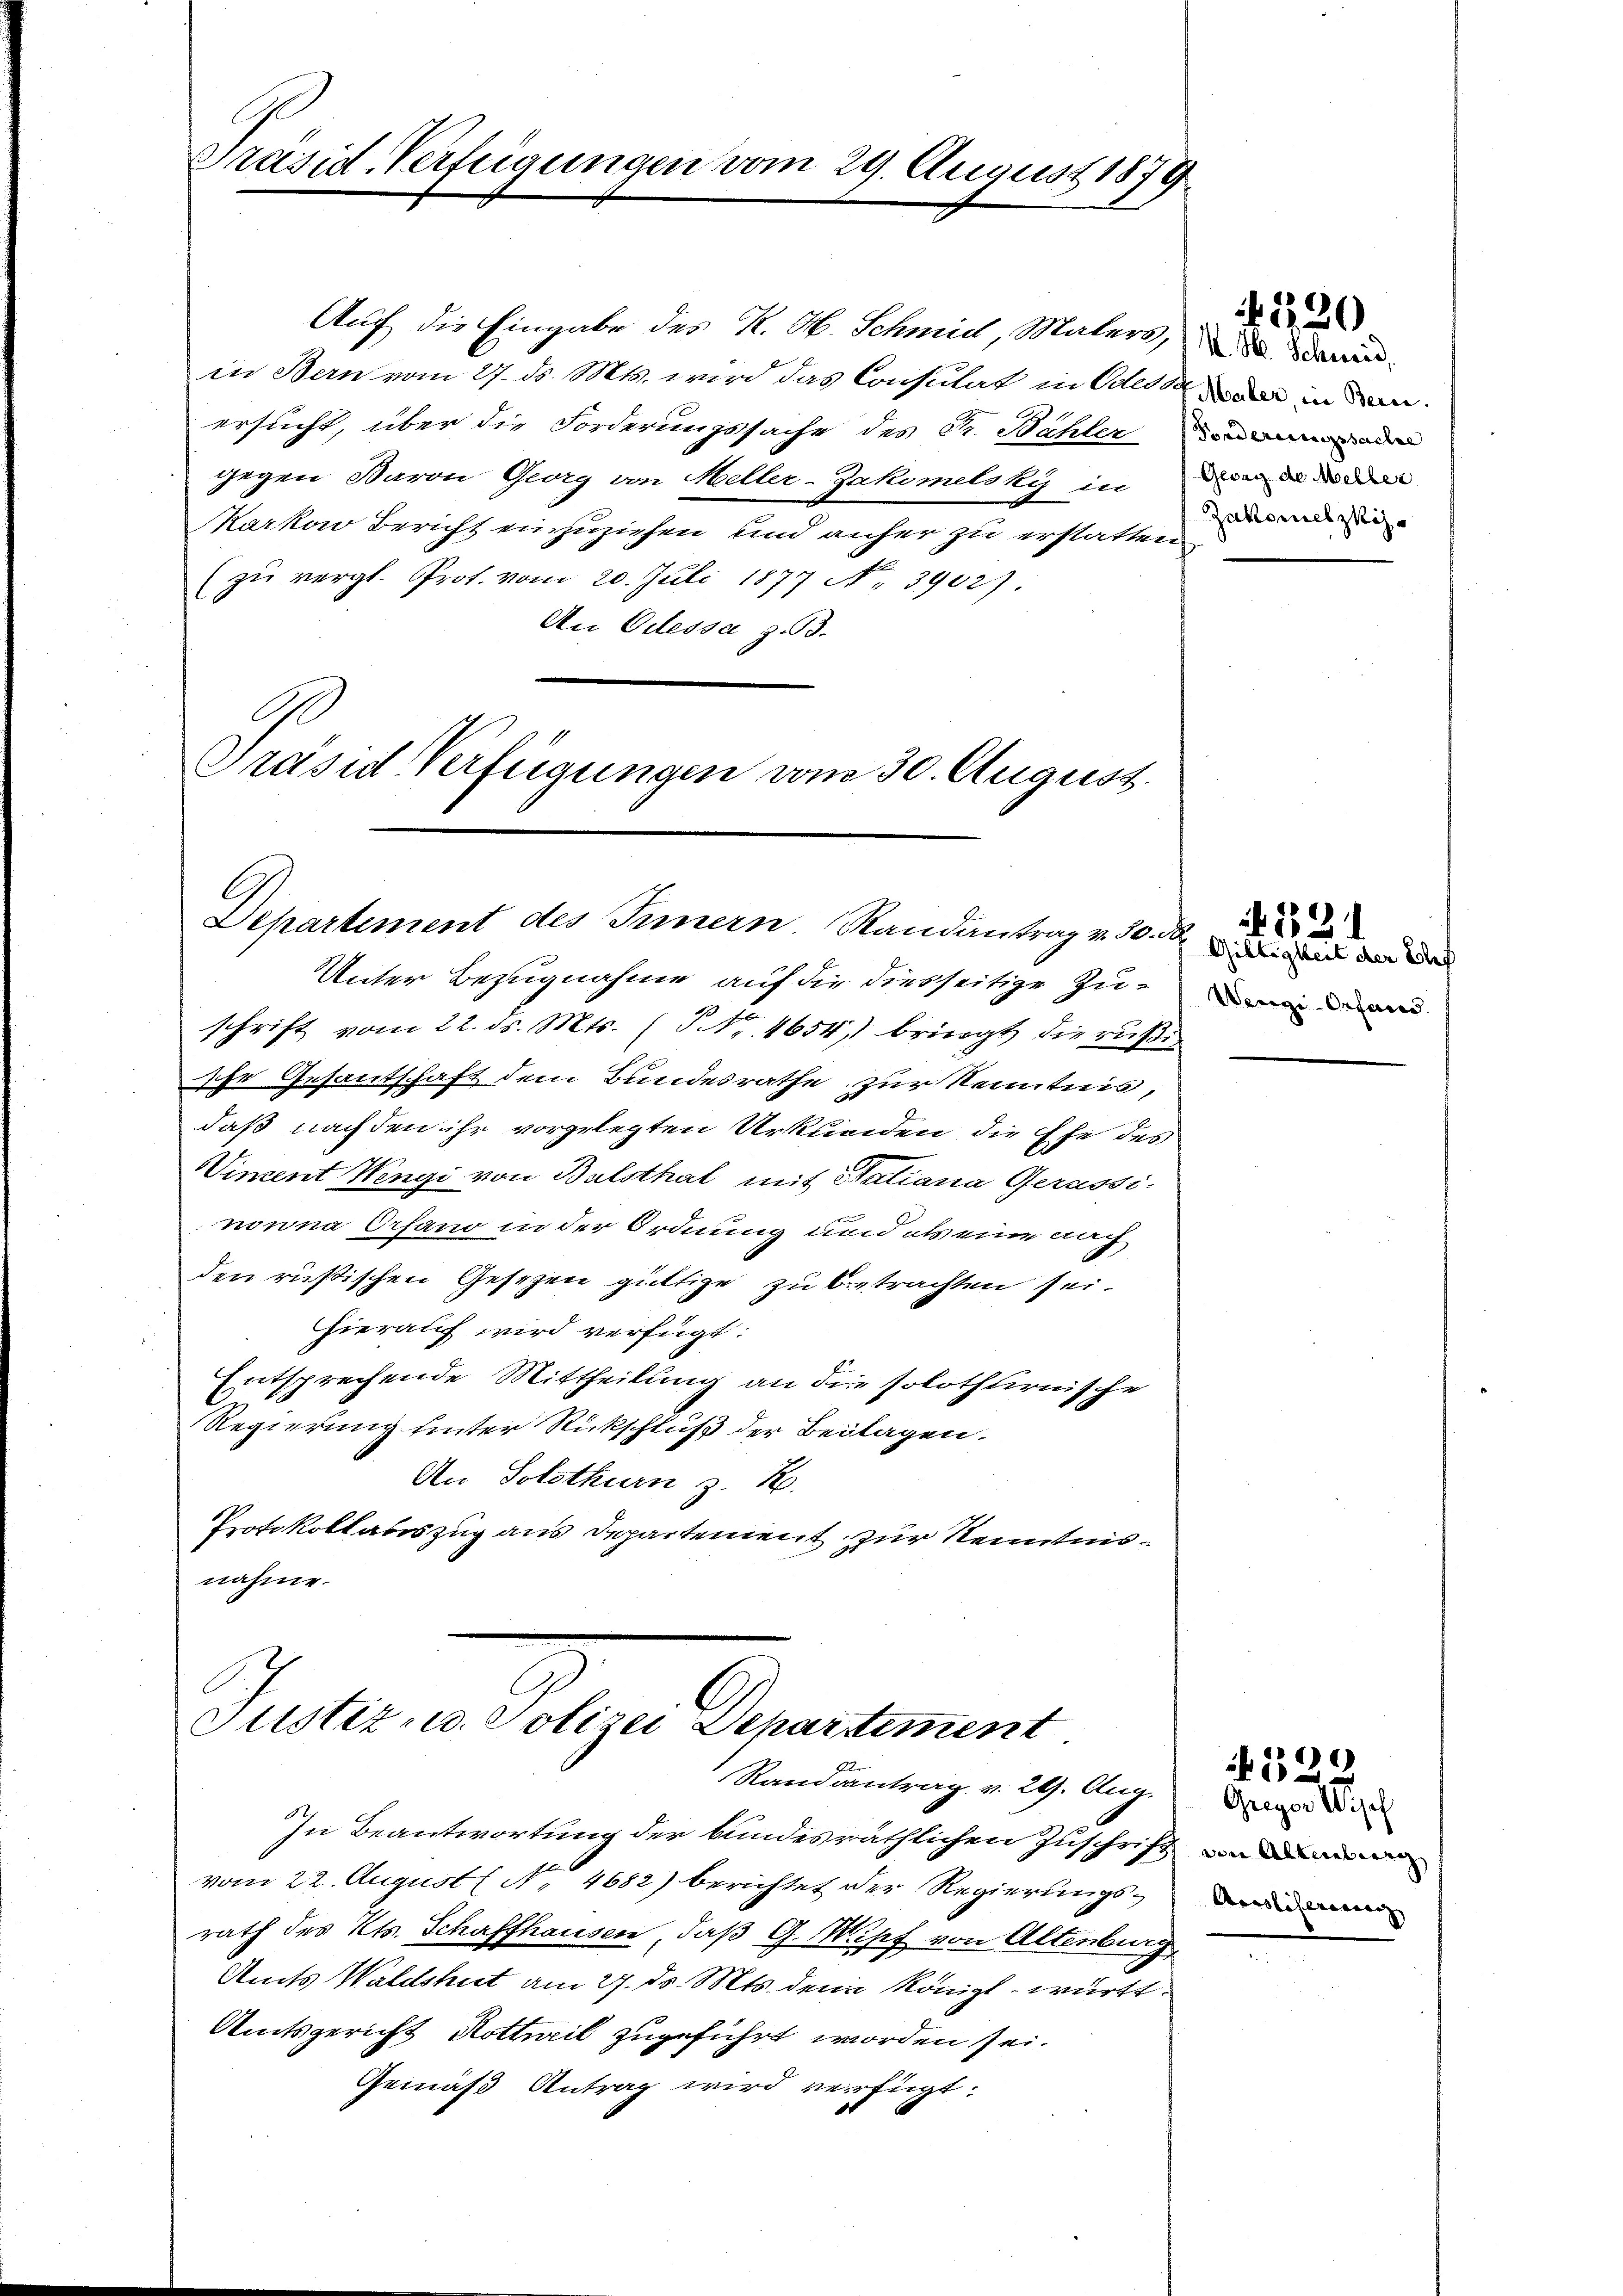
Präsid-Verfügungen vom 29. August 1879

Departement des Innern. Randantrag v. 30. d.

Auf die Eingabe des K. H. Schmid, Maters, da waren
in Stern vom 27. d. Mts. wird das Consulat in Odessa in dem
ersucht, über die Forderungssache des Str. Bählen
gegen Baron Georg von Meller-Zakomelskys in
Markoo Bericht einzuziehen und anher zu erstatten
(zŭ vergl. Prot. vom 20. Juli 1877 No. 39027.
An Odessa z. B.
Ge
Präsid Verfügungen vom 30. August.

Unter Bezugnahme auf die diesseitige Zuschrift vom 22. ds. Mts. (T.Nr. 4654, bringt die rußiihr Gesantschaft dem Bundesrathe zur Kenntnis,
daß nach den ihr vorgelegten Urkunden die Ehe des
Vincent Wengi von Balsthal mit Satiana Gerassi-
nowna Orfano in der Ordnung und als eine nach
den russischen Gesetzen güttige zu betrachten sei.
hierauf wird verfügt:
Entsprechende Mittheilung an die solothurnische
Regierung hinter Rückschluß der Beilagen.
An Solothurn z. B.
Protokollabeszug aus Departement zur Kenntnisnahme.

Justiz u. Polizei Departement
Randantrag v. 29. Aug.

In Beantwortung der bundesräthlichen Zuschrift
vom 22. August No. 4682) berichtet der Regierungsrath des Kts. Schaffhausen, daß G. Musch von Altenburg
Amts Waldshut am 27. ds. Mts. dem Königl württ
Amtsgericht Hottweil zugeführt worden sei.
Gemäß Antrag wird verfügt:

Forderungssache
Georg der Meller
Zablonelzkiz¬

1120

Giltigkeit der Ehef
Wengi-Orfand.

521

220

Greyer Visch
Aristiferung